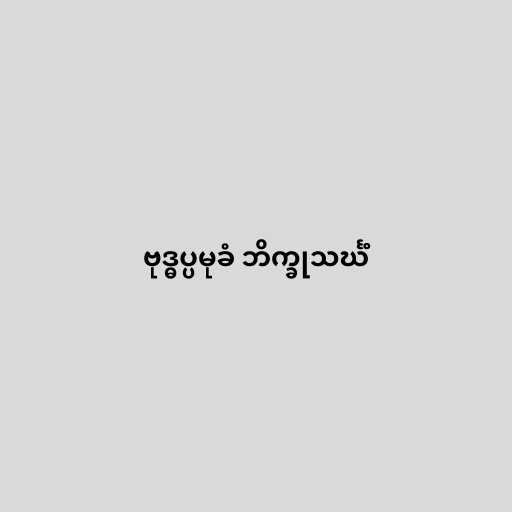
ဗုဒ္ဓပ္ပမုခံ ဘိက္ခုသင်္ဃံ